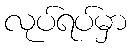
လုပ်ရပ်မှာ